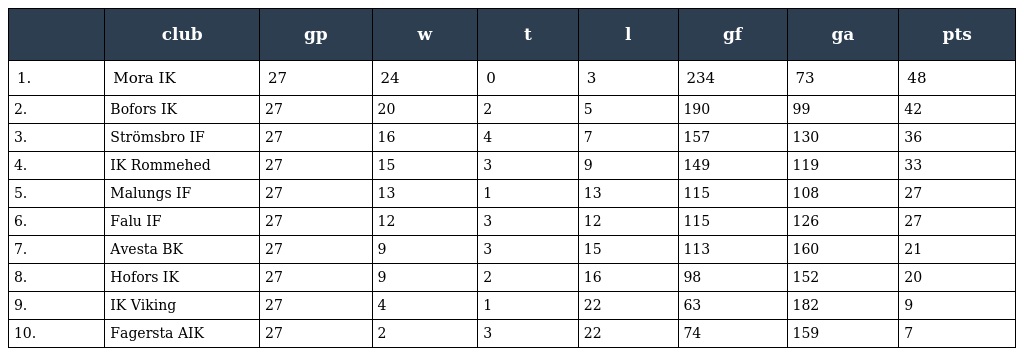
|  | club | gp | w | t | l | gf | ga | pts |
 | --- | --- | --- | --- | --- | --- | --- | --- | --- |
 | 1. | Mora IK | 27 | 24 | 0 | 3 | 234 | 73 | 48 |
 | 2. | Bofors IK | 27 | 20 | 2 | 5 | 190 | 99 | 42 |
 | 3. | Strömsbro IF | 27 | 16 | 4 | 7 | 157 | 130 | 36 |
 | 4. | IK Rommehed | 27 | 15 | 3 | 9 | 149 | 119 | 33 |
 | 5. | Malungs IF | 27 | 13 | 1 | 13 | 115 | 108 | 27 |
 | 6. | Falu IF | 27 | 12 | 3 | 12 | 115 | 126 | 27 |
 | 7. | Avesta BK | 27 | 9 | 3 | 15 | 113 | 160 | 21 |
 | 8. | Hofors IK | 27 | 9 | 2 | 16 | 98 | 152 | 20 |
 | 9. | IK Viking | 27 | 4 | 1 | 22 | 63 | 182 | 9 |
 | 10. | Fagersta AIK | 27 | 2 | 3 | 22 | 74 | 159 | 7 |